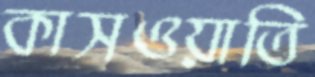
কাসওয়াতি